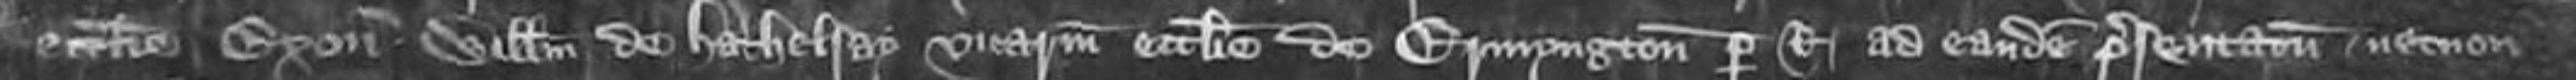
ecclesie Exonie Willelmum de Hathelsay vicariam ecclesie de Ermyngton per Regis ad eandem presentatum necnon